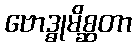
ဗောဒ္ဓုမိစ္ဆတာ